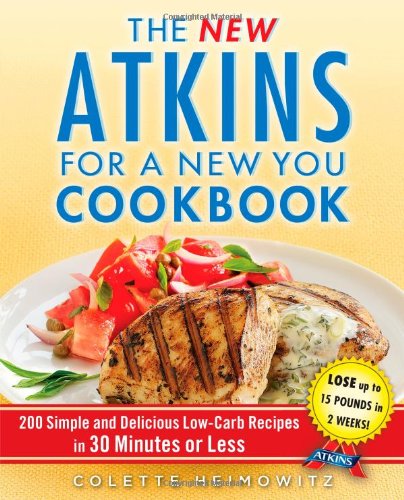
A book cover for The New Atkins for a New You Cookbook: 200 Simple and Delicious Low-Carb Recipes in 30 Minutes or Less (Touchstone Book); Colette Heimowitz; Cookbooks, Food & Wine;